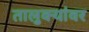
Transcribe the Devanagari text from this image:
तालुक्यांवर